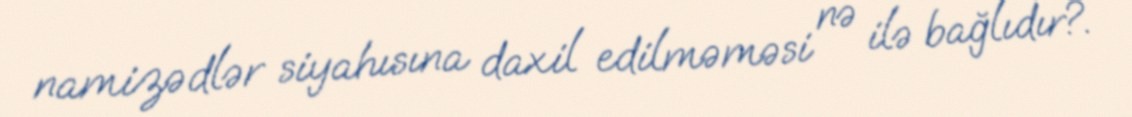
namizədlər siyahısına daxil edilməməsi nə ilə bağlıdır?.